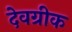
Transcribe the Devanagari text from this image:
देवग्रीक